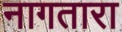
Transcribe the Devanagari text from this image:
नागतारा